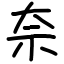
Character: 奈